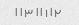
۲ ا ۱ ا ا ۳ ا ا